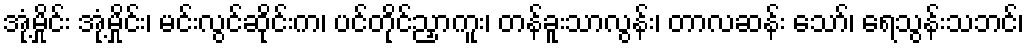
အုံ့မှိုင်း အုံ့မှိုင်း၊ မင်းလွင်ဆိုင်းက၊ ပင်တိုင်ညှာကူး၊ တန်ခူးသာလွန်း၊ တာလဆန်း သော်၊ ရေသွန်းသဘင်၊